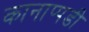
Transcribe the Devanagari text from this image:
कानाप्पडी